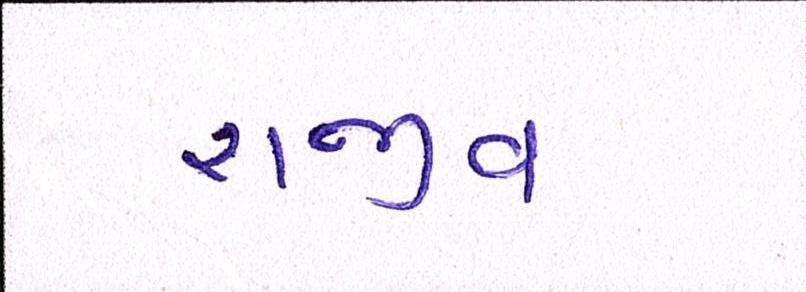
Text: રાજીવ